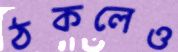
ঠকলেও